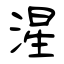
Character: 湦